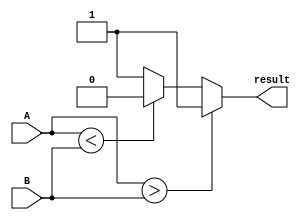
module Comparator(input [7:0] A, input [7:0] B, output reg result);

always @ (*) begin
    if (A > B) begin
        result = 1; // A is greater than B
    end
    else if (A < B) begin
        result = 0; // A is less than B
    end
    else begin
        result = 1; // A is equal to B
    end
end

endmodule